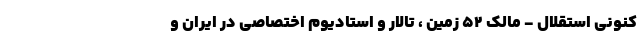
کنونی استقلال - مالک ۵۲ زمین ، تالار و استادیوم اختصاصی در ایران و